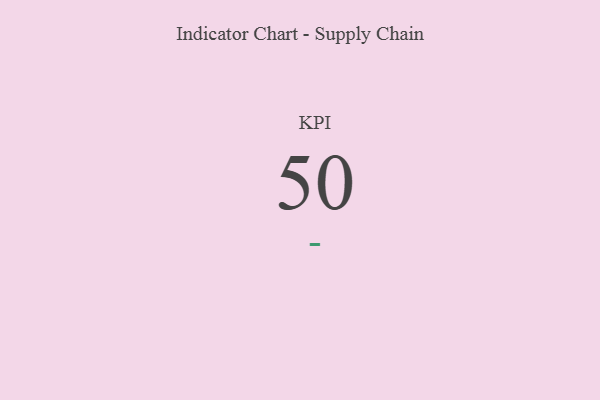
{"axis": {"x": "KPI", "y": "Value"}, "legend": [""], "data": [{"x": "KPI", "y": 50, "type": ""}]}